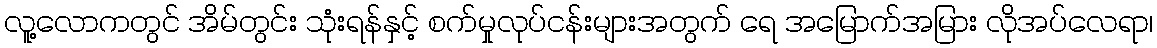
လူ့လောကတွင် အိမ်တွင်း သုံးရန်နှင့် စက်မှုလုပ်ငန်းများအတွက် ရေ အမြောက်အမြား လိုအပ်လေရာ၊